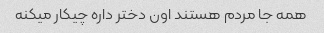
همه جا مردم هستند اون دختر داره چیکار میکنه